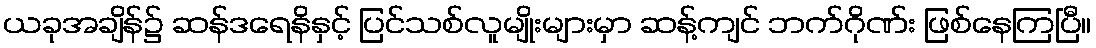
ယခုအချိန်၌ ဆန်ဒရေနိနှင့် ပြင်သစ်လူမျိုးများမှာ ဆန့်ကျင် ဘက်ဂိုဏ်း ဖြစ်နေကြပြီ။